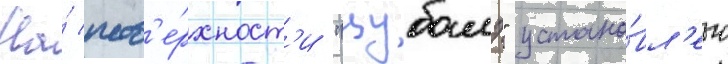
На́ пов'е́рхност'и "цубамэ" устано́вл'ено